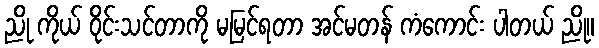
ညို ကိုယ် ဝိုင်းသင်တာကို မမြင်ရတာ အင်မတန် ကံကောင်း ပါတယ် ညို။